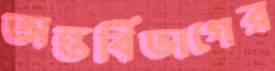
অন্তর্বিভাগের